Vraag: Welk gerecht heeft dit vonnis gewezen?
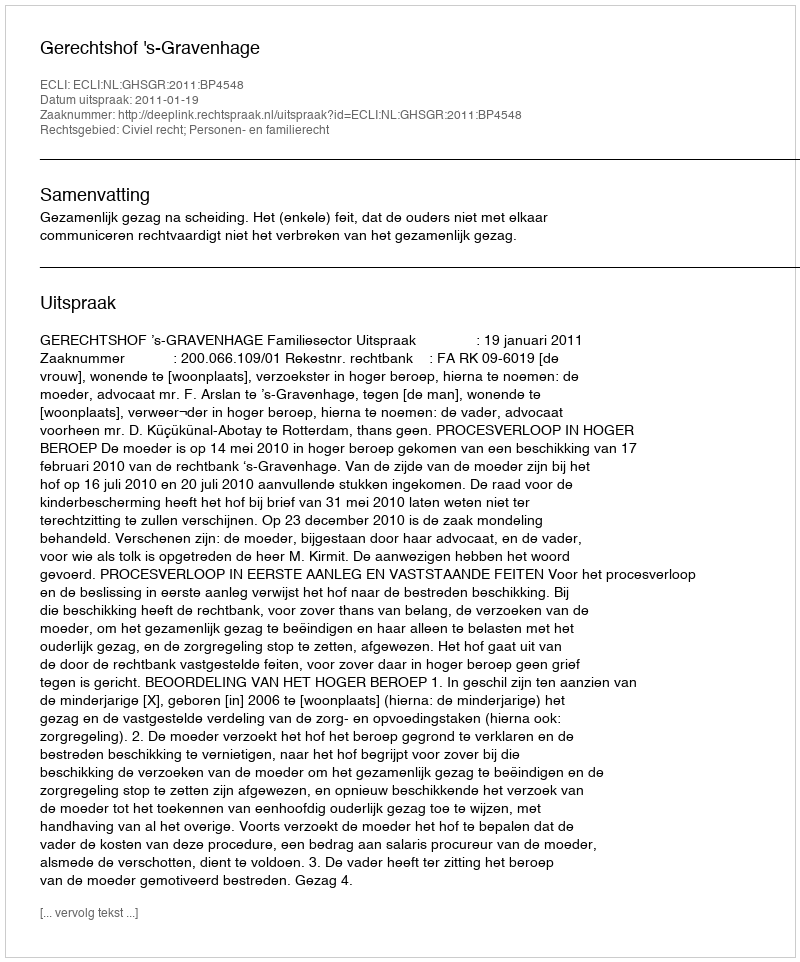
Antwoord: Gerechtshof 's-Gravenhage